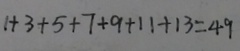
1 + 3 + 5 + 7 + 9 + 1 1 + 1 3 = 4 9